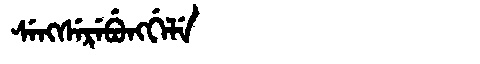
Manchu: ᠰᡝᠩᠰᡝᡵᡝᠪᡠᠩᡤᡝᠯᡝ
Romanization: SENGSEREBUNGGELE